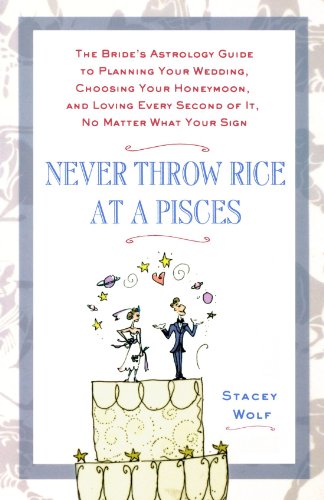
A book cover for Never Throw Rice at a Pisces: The Bride's Astrology Guide to Planning Your Wedding, Choosing Your Honeymoon, and Loving Every Second of It, No Matter What Your Sign; Stacey Wolf; Crafts, Hobbies & Home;